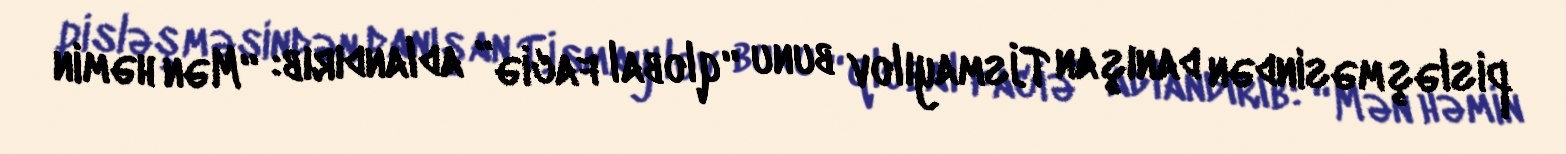
pisləşməsindən danışan T.İsmayılov bunu “qlobal faciə” adlandırıb: “Mən həmin